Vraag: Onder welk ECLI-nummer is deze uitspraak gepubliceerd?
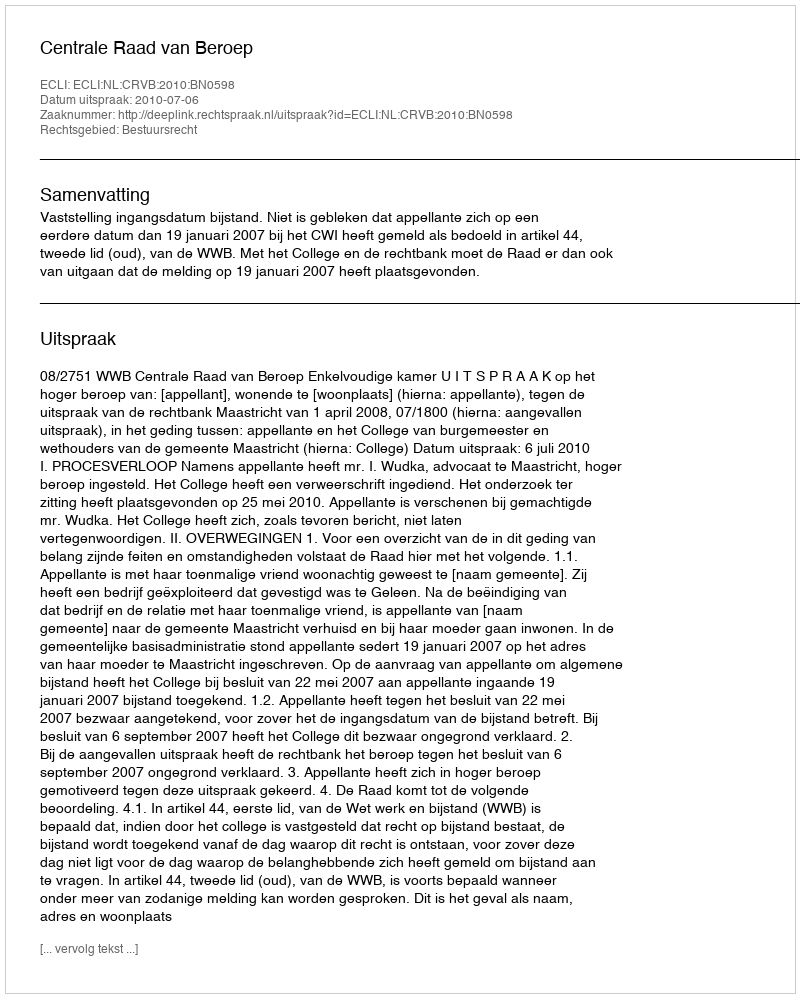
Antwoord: ECLI:NL:CRVB:2010:BN0598